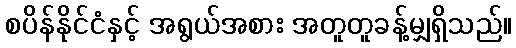
စပိန်နိုင်ငံနှင့် အရွယ်အစား အတူတူခန့်မျှရှိသည်။